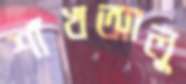
শাঁখআলু